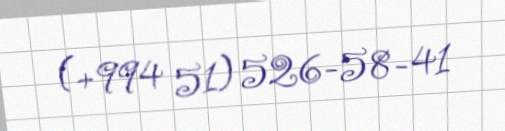
(+994 51) 526-58-41